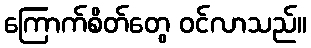
ကြောက်စိတ်တွေ ဝင်လာသည်။